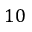
1 0